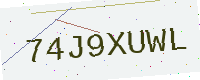
Text: 74J9XUWL